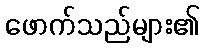
ဖောက်သည်များ၏